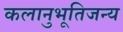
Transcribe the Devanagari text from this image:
कलानुभूतिजन्य